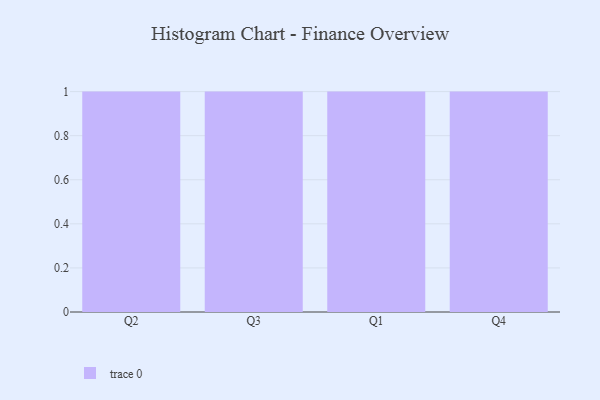
{"axis": {"x": "Quarter", "y": "Bounce Rate (%)"}, "legend": [""], "data": [{"x": "Q2", "y": 34, "type": ""}, {"x": "Q3", "y": 65, "type": ""}, {"x": "Q1", "y": 37, "type": ""}, {"x": "Q4", "y": 65, "type": ""}]}